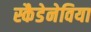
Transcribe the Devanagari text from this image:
स्कैडेनेविया